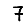
Digit: 7